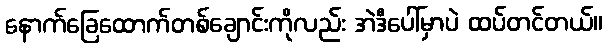
နောက်ခြေထောက်တစ်ချောင်းကိုလည်း အဲဒီပေါ်မှာပဲ ထပ်တင်တယ်။